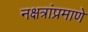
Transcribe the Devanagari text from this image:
नक्षत्रांप्रमाणे